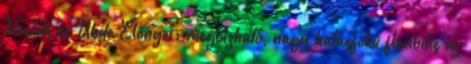
Veatch és Uhde Előnyei: megbízható, nagy hatásfokú flexibilis az